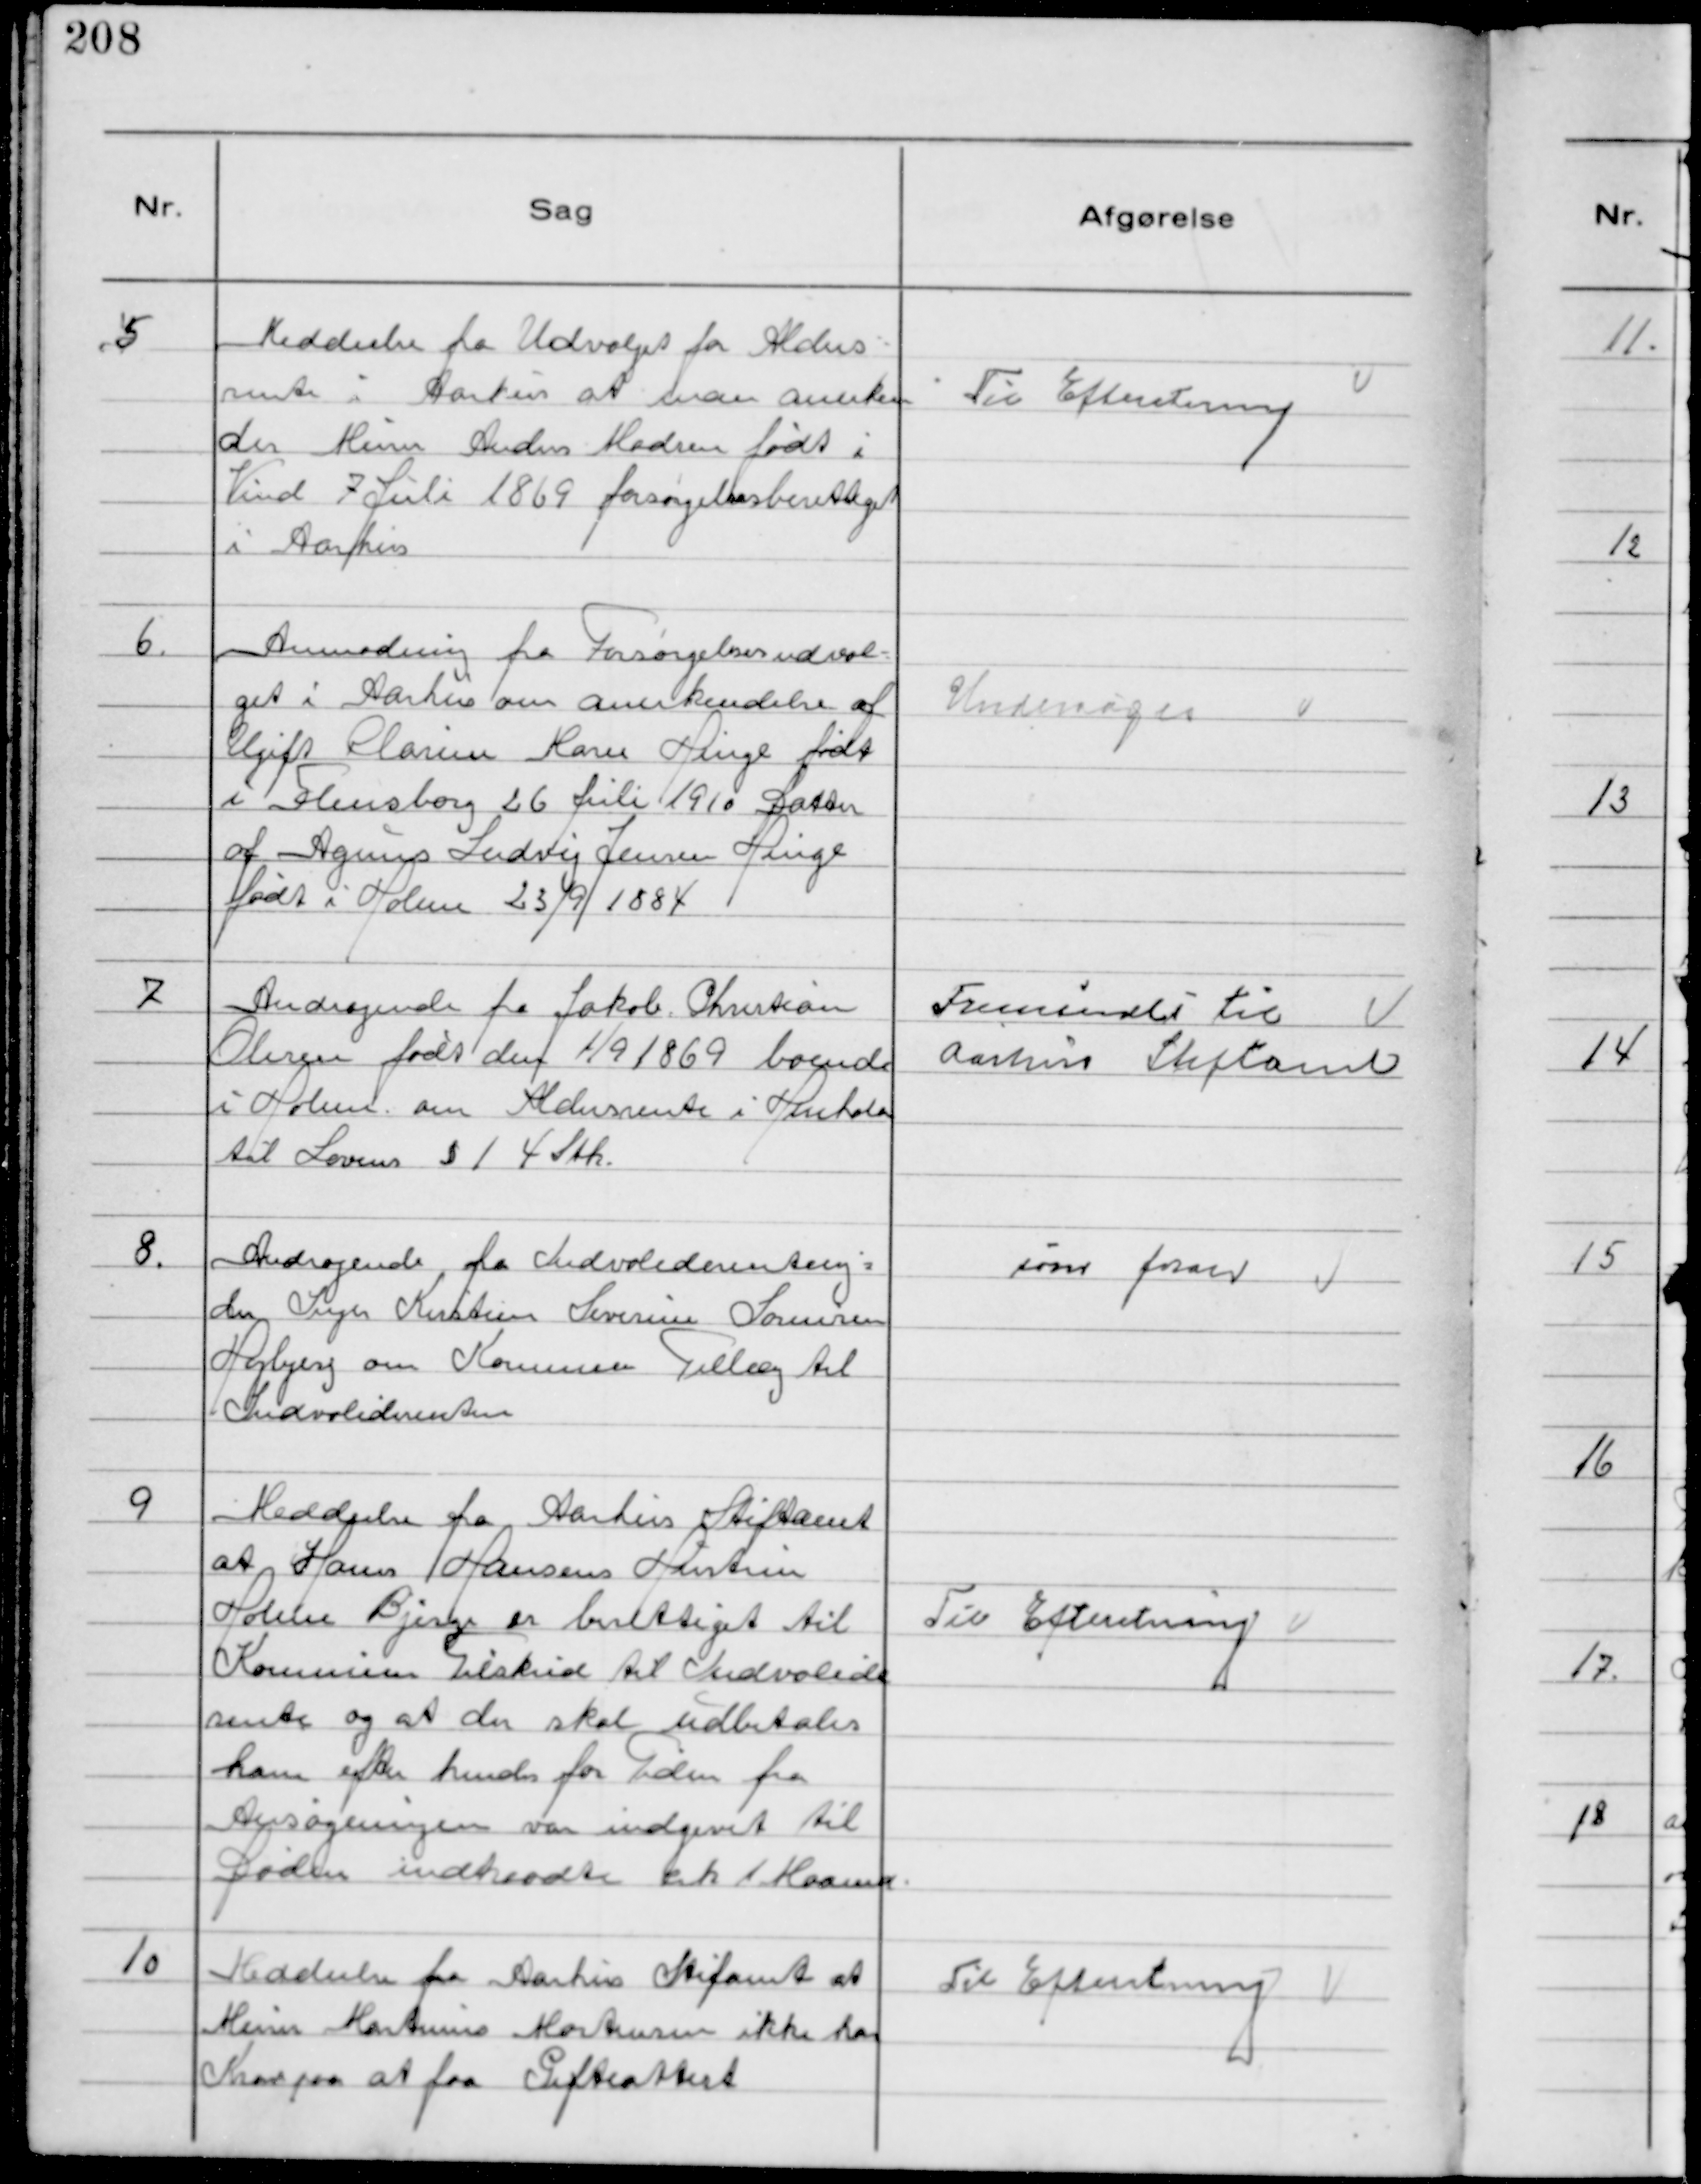
Transskription:
5
Meddeelse fra Udvalget for Alders-
rente i Aarhus at man anerken
der Murer Anders Madsen født i
Vind 7 Juli 1869 forsørgelsesberettiget
i Aarhus

Til Efteretning

6.
Anmodning fra Forsørgelsesudval-
get i Aarhus om anerkendelse af
Ugift Clarine Marie Hinge født
i Flensborg 26 Juli 1910 Datter
af Agnus Ludvig Jensen Hinge
født i Holme 23/9 1884

Undersøges

7
Andragende fra Jakob Christian
Olesen født den 1/9 1869 boende
i Holme om Aldersrente i Henhold
til Lovens § 1 4 stk.

Fremsendt til
Aarhus Stiftamt

8.
Andragende fra Indvaliderenteny-
der Inger Kirstine Severine Sørensen
Højbjerg om Kommune Tillæg til
Indvaliderenten

som foran

9
Meddeelse fra Aarhus Stiftamt
at Hans Hansens Hustru
Holme Bjerge er berettiget til
Kommune Tilskud til Indvalide
rente og at der skal udbetales
ham efter hende for Tiden fra
Ansøgningen var indgivet til
Døden indtraadte ck 1 Maaned

Til Efteretning

10
Meddeelse fra Aarhus Stiftamt at
Murer Martinus Mortensen ikke har
Krav paa at faa Gifteattest

Til Efteretning